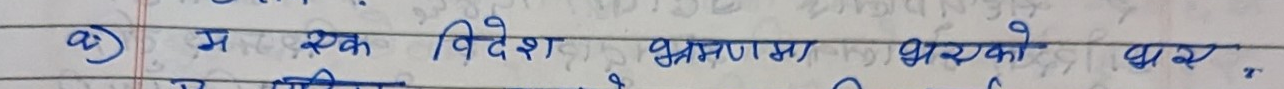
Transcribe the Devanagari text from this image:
(अ) म एक विदेश भ्रमणमा भारको द्वार'